Report of the Indian Hemp Drugs Commission, 1894-1895 - Volume VIII
Year: 1894
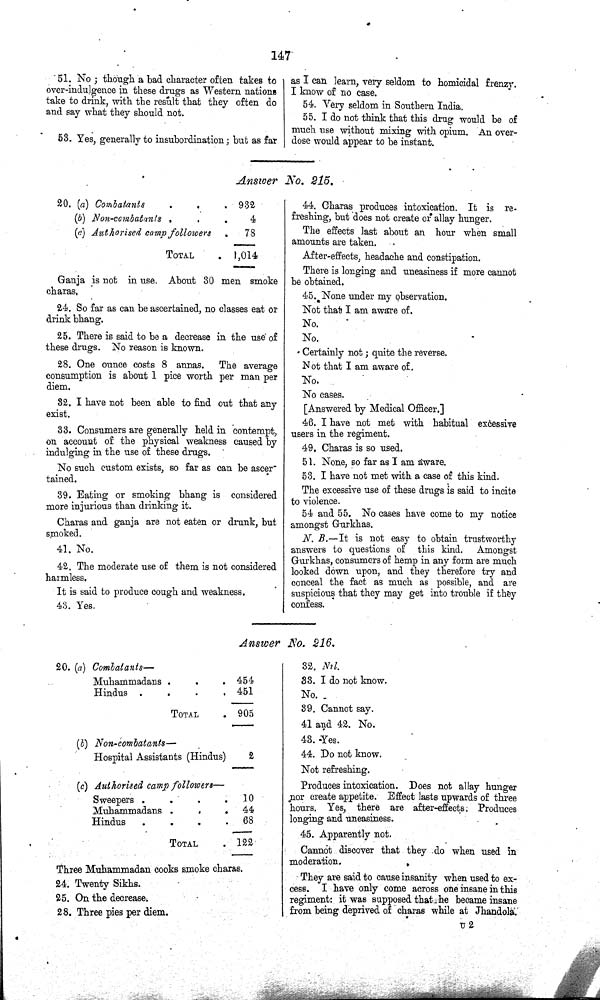
147
51. No; though a bad character often takes to
over-indulgence in these drugs as Western nations
take to drink, with the result that they often do
and say what they should not.
53. Yes, generally to insubordination; but as far
as I can learn, very seldom to homicidal frenzy.
I know of no case.
54. Very seldom in Southern India.
55. I do not think that this drug would be of
much use without mixing with opium. An over¬
dose would appear to be instant.
Answer No. 215.
20. (a) Combatants
932
(b) Non-combatants
4
(c) Authorised camp followers
78
TOTAL
1,014
Ganja is not in use. About 30 men smoke
charas,
24. So far as can be ascertained, no classes eat or
drink bhang.
25. There is said to be a decrease in the use of
these drugs. No reason is known.
28. One ounce costs 8 annas. The average
consumption is about 1 pice worth per man per
diem.
32. I have not been able to find out that any
exist.
33. Consumers are generally held in contempt,
on account of the physical weakness caused by
indulging in the use of these drugs.
No such custom exists, so far as can be ascer-
tained.
39. Eating or smoking bhang is considered
more injurious than drinking it.
Charas and ganja are not eaten or drunk, but
smoked.
41. No.
42. The moderate use of them is not considered
harmless.
It is said to produce cough and weakness.
43. Yes.
44. Charas produces intoxication. It is re¬
freshing, but does not create or allay hunger.
The effects last about an hour when small
amounts are taken.
After-effects, headache and constipation.
There is longing and uneasiness if more cannot
be obtained.
45. None under my observation.
Not that I am aware of.
No.
No.
Certainly not; quite the reverse.
Not that I am aware of.
No.
No cases.
[Answered by Medical Officer.]
46. I have not met with habitual excessive
users in the regiment.
49. Charas is so used.
51. None, so far as I am aware.
53. I have not met with a case of this kind.
The excessive use of these drugs is said to incite
to violence.
54 and 55. No cases have come to my notice
amongst Gurkhas.
N. B.—It is not easy to obtain trustworthy
answers to questions of this kind. Amongst
Gurkhas, consumers of hemp in any form are much
looked down upon, and they therefore try and
conceal the fact as much as possible, and are
suspicious that they may get into trouble if they
confess.
Answer No. 216.
20. (a) Combatants—
Muhammadans
454
Hindus
451
TOTAL
905
(b) Non-combatants—
Hospital Assistants (Hindus)
2
(c) Authorised camp followers—
Sweepers
10
Muhammadans
44
Hindus
68
TOTAL
122
Three Muhammadan cooks smoke charas.
24. Twenty Sikhs.
25. On the decrease.
28. Three pies per diem.
32. Nil.
33. I do not know.
No.
39. Cannot say.
41 and 42. No.
43. Yes.
44. Do not know.
Not refreshing.
Produces intoxication. Does not allay hunger
nor create appetite. Effect lasts upwards of three
hours. Yes, there are after-effects; Produces
longing and uneasiness.
45. Apparently not.
Cannot discover that they do when used in
moderation.
They are said to cause insanity when used to ex¬
cess. I have only come across one insane in this
regiment: it was supposed that he became insane
from being deprived of charas while at Jhandola.
U 2